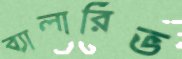
ব্যালারিভ